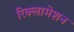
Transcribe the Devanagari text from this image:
रिक्लामेशन